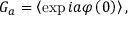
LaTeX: G _ { a } = \left\langle \exp i a \varphi \left( 0 \right) \right\rangle ,